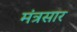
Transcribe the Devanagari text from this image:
मंत्रसार